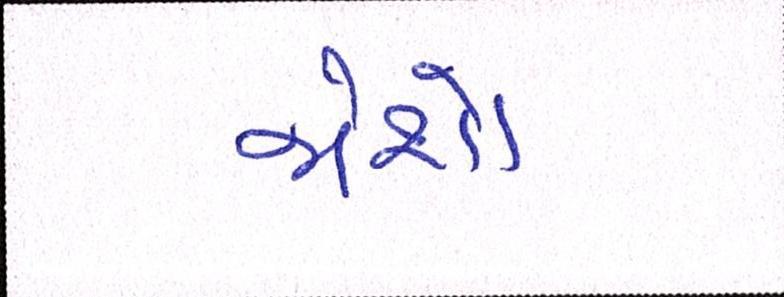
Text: જોશો